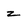
Character: z